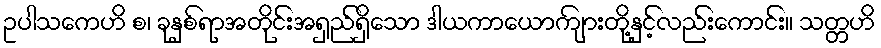
ဥပါသကေဟိ စ၊ ခုနှစ်ရာအတိုင်းအရှည်ရှိသော ဒါယကာယောကျ်ားတို့နှင့်လည်းကောင်း။ သတ္တဟိ